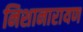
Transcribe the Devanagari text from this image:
निशानारायण